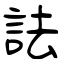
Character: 詓